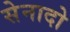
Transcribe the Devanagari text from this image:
सेनादो